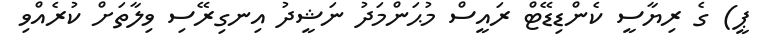
ޕީ) ގެ ރިޔާސީ ކެންޑިޑޭޓް ރައީސް މުޙަންމަދު ނަޝީދު އިނގިރޭސި ވިލާތަށް ކުރެއްވި